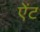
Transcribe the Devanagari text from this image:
ऐंट